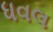
ધવલ